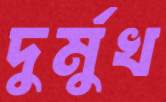
দুর্মুখ